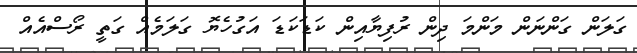
ގަލަން ގަންނަން މަންމަ ދިން ރުފިޔާއިން ކަޑަކަޑަ އަގުހެޔޮ ގަލަމެއް ގަތީ ރޯސްއެއް